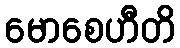
မောစေဟီတိ